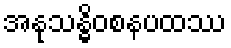
အနုသန္ဓိဝစနပထဿ